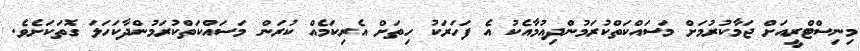
މިނިސްޓްރީއަށް ޖަމާކުރުމަށް މަސައްކަތްކުރަމުންދިއުމާއެކު އެ ފަހަރަކު ހިތަށް އެރިކަމެއް ކުރަން މަސައްކަތްކުރަމުންދާކަހަލަ ގޮތަކަށެވެ.